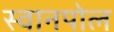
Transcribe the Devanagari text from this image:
स्वानपोल